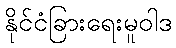
နိုင်ငံခြားရေးမူဝါဒ